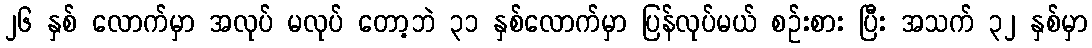
၂၆ နှစ် လောက်မှာ အလုပ် မလုပ် တော့ဘဲ ၃၁ နှစ်လောက်မှာ ပြန်လုပ်မယ် စဉ်းစား ပြီး အသက် ၃၂ နှစ်မှာ